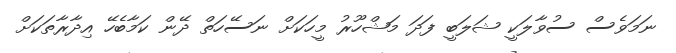
ނަމަވެސް ސުވާލަކީ ޝަލަބީ ފަދަ މަޝްހޫރު މީހަކަށް ނަސޭހަތް ދޭން ކަމާބެހޭ އިދާރާތަކަށް